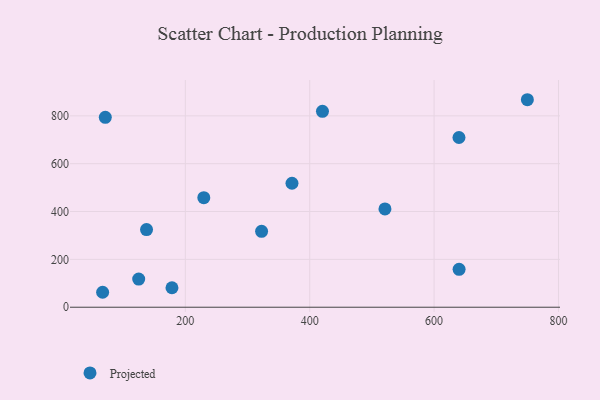
{"axis": {"x": "Speed", "y": "Fuel Efficiency"}, "legend": ["Projected"], "data": [{"x": "322.6", "y": 317.1, "type": "Projected"}, {"x": "67.0", "y": 62.5, "type": "Projected"}, {"x": "137.6", "y": 324.5, "type": "Projected"}, {"x": "750.0", "y": 867.3, "type": "Projected"}, {"x": "521.0", "y": 410.8, "type": "Projected"}, {"x": "371.5", "y": 518.2, "type": "Projected"}, {"x": "640.2", "y": 158.5, "type": "Projected"}, {"x": "178.5", "y": 81.5, "type": "Projected"}, {"x": "229.7", "y": 457.8, "type": "Projected"}, {"x": "71.3", "y": 793.6, "type": "Projected"}, {"x": "420.5", "y": 818.7, "type": "Projected"}, {"x": "125.0", "y": 117.5, "type": "Projected"}, {"x": "640.0", "y": 709.5, "type": "Projected"}]}